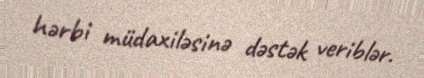
hərbi müdaxiləsinə dəstək veriblər.